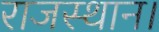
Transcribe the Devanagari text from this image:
राजस्थान।